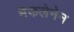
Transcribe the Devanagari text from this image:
मैकलेनेन